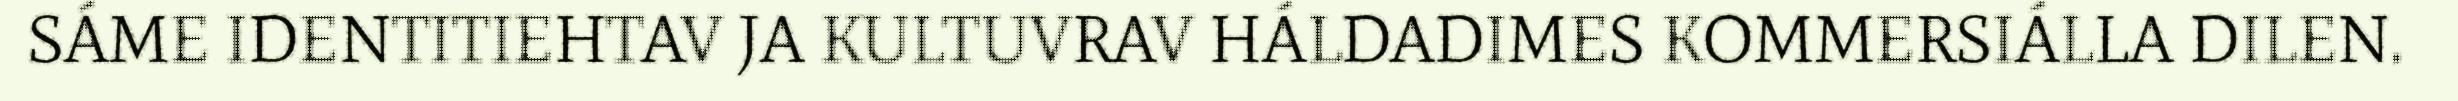
SÁME IDENTITIEHTAV JA KULTUVRAV HÁLDADIMES KOMMERSIÁLLA DILEN.